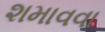
શમાવવા